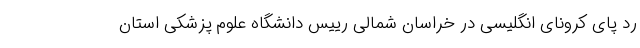
رد پای کرونای انگلیسی در خراسان شمالی رییس دانشگاه علوم پزشکی استان